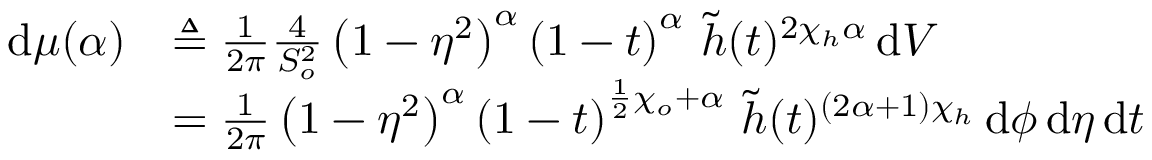
\begin{array} { r l } { \, \mathrm { d } \mu ( \alpha ) } & { \triangleq \frac { 1 } { 2 \pi } \frac { 4 } { S _ { o } ^ { 2 } } \left( 1 - \eta ^ { 2 } \right) ^ { \alpha } \left( 1 - t \right) ^ { \alpha } \, \widetilde { h } ( t ) ^ { 2 \chi _ { h } \alpha } \, \mathrm { d } V } \\ & { = \frac { 1 } { 2 \pi } \left( 1 - \eta ^ { 2 } \right) ^ { \alpha } \left( 1 - t \right) ^ { \frac { 1 } { 2 } \chi _ { o } + \alpha } \, \widetilde { h } ( t ) ^ { \left( 2 \alpha + 1 \right) \chi _ { h } } \, \mathrm { d } \phi \, \mathrm { d } \eta \, \mathrm { d } t } \end{array}